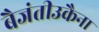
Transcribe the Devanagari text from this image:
बैजंतीउकैना